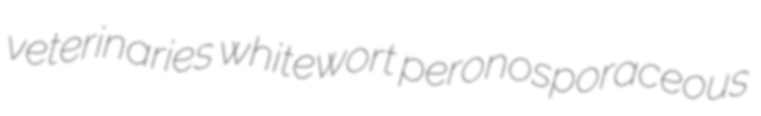
veterinaries whitewort peronosporaceous